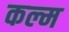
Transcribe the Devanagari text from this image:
कल्म